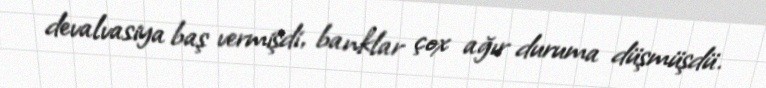
devalvasiya baş vermişdi, banklar çox ağır duruma düşmüşdü.